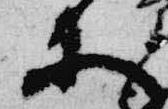
等